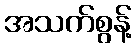
အသက်စွန့်